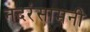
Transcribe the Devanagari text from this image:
नदरंसामनी